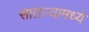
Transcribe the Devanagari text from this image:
सातार्‍यामध्ये